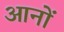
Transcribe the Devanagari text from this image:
आनों